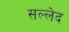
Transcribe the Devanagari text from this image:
सल्लेद